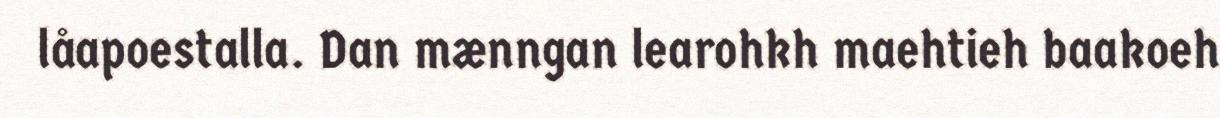
låapoestalla. Dan mænngan learohkh maehtieh baakoeh